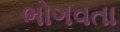
ભોગવતા